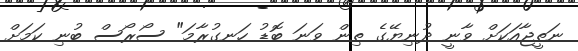
ނަތީޖާއަކަށް ވާނީ ދުނިޔޭގެ ތިން ވަނަ ބޮޑު ހަނގުރާމަ" ސޯރޯސް ބުނި ކަމަށް